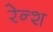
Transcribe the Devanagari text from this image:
रेन्श